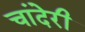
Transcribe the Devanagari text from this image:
चांदेरी